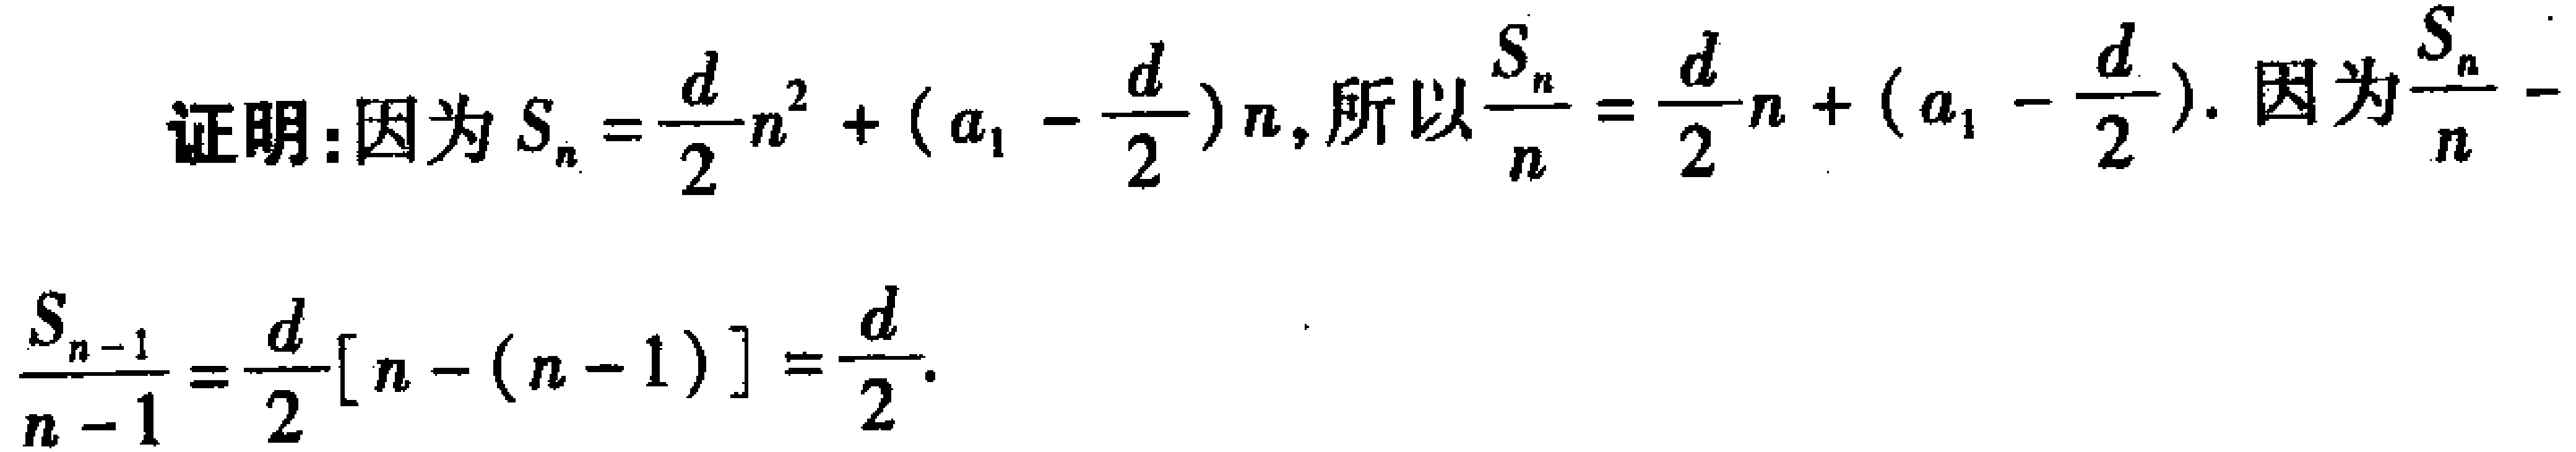
证明：因为 \(S_{n}=\frac{d}{2}n^{2}+(a_{1}-\frac{d}{2})n\)，所以 \(\frac{S_{n}}{n}=\frac{d}{2}n+(a_{1}-\frac{d}{2})\)。因为 \(\frac{S_{n}}{n}-\frac{S_{n - 1}}{n - 1}=\frac{d}{2}[n-(n - 1)]=\frac{d}{2}\)。